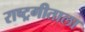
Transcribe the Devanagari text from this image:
राष्ट्रगीताला